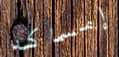
إمساكه